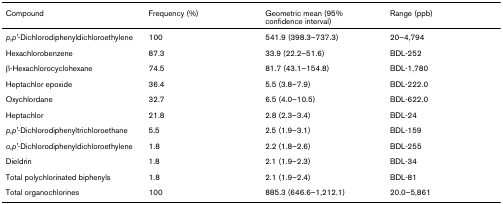
<table><thead><tr><td><b>Compound</b></td><td><b>Frequency (%)</b></td><td><b>Geometric mean (95% confidence interval)</b></td><td><b>Range (ppb)</b></td></tr></thead><tbody><tr><td><i>p</i>,<i>p&#x27;</i>-Dichlorodiphenyldichloroethylene</td><td>100</td><td>541.9 (398.3–737.3)</td><td>20–4,794</td></tr><tr><td>Hexachlorobenzene</td><td>87.3</td><td>33.9 (22.2–51.6)</td><td>BDL-252</td></tr><tr><td>β-Hexachlorocyclohexane</td><td>74.5</td><td>81.7 (43.1–154.8)</td><td>BDL-1,780</td></tr><tr><td>Heptachlor epoxide</td><td>36.4</td><td>5.5 (3.8–7.9)</td><td>BDL-222.0</td></tr><tr><td>Oxychlordane</td><td>32.7</td><td>6.5 (4.0–10.5)</td><td>BDL-622.0</td></tr><tr><td>Heptachlor</td><td>21.8</td><td>2.8 (2.3–3.4)</td><td>BDL-24</td></tr><tr><td><i>p</i>,<i>p&#x27;</i>-Dichlorodiphenyltrichloroethane</td><td>5.5</td><td>2.5 (1.9–3.1)</td><td>BDL-159</td></tr><tr><td><i>o</i>,<i>p&#x27;</i>-Dichlorodiphenyldichloroethylene</td><td>1.8</td><td>2.2 (1.8–2.6)</td><td>BDL-255</td></tr><tr><td>Dieldrin</td><td>1.8</td><td>2.1 (1.9–2.3)</td><td>BDL-34</td></tr><tr><td>Total polychlorinated biphenyls</td><td>1.8</td><td>2.1 (1.9–2.4)</td><td>BDL-81</td></tr><tr><td>Total organochlorines</td><td>100</td><td>885.3 (646.6–1,212.1)</td><td>20.0–5,861</td></tr></tbody></table>